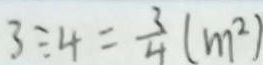
3 \div 4 = \frac { 3 } { 4 } ( m ^ { 2 } )